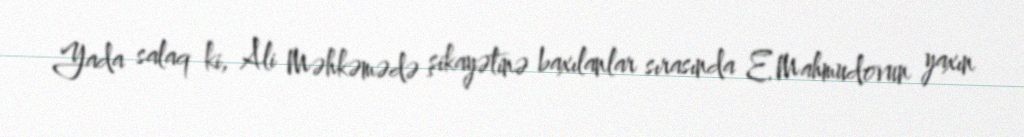
Yada salaq ki, Ali Məhkəmədə şikayətinə baxılanlar sırasında E.Mahmudovun yaxın